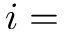
i =